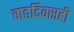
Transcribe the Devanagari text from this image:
वाढदिवसही